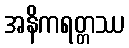
အနိကရတ္တဿ